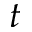
t